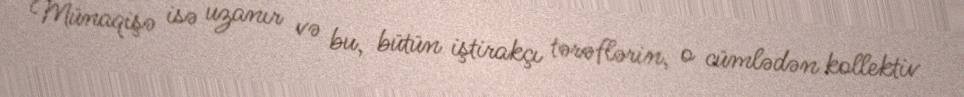
Münaqişə isə uzanır və bu, bütün iştirakçı tərəflərin, o cümlədən kollektiv